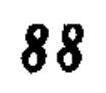
\(88\)